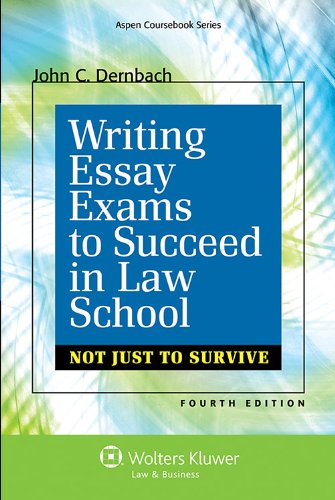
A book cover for Writing Essay Exams To Succeed in Law School: Not Just Survive, Fourth Edition (Aspen Coursebook); John C. Dernbach; Law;